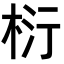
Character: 𭪂